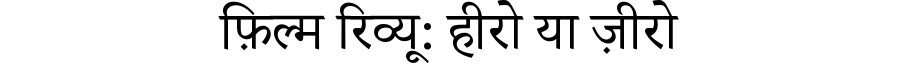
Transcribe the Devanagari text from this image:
फ़िल्म रिव्यू: हीरो या ज़ीरो